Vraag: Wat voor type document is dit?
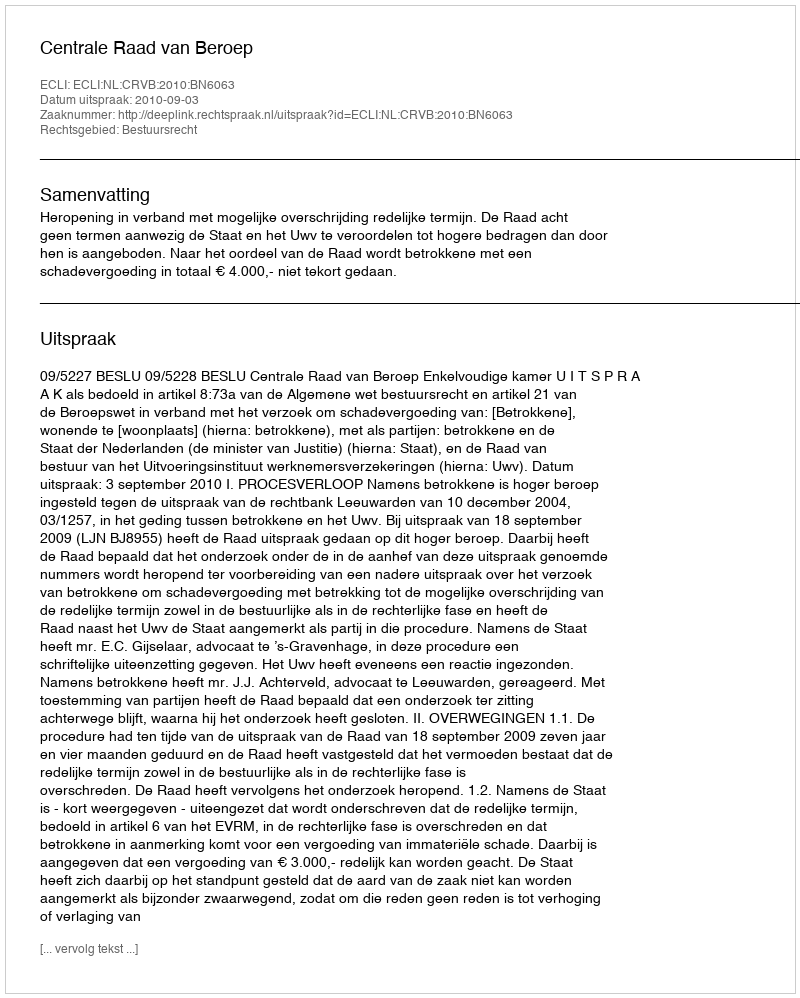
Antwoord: Uitspraak